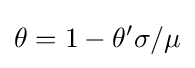
\theta =1-\theta '\sigma /\mu